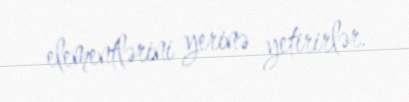
elementlərini yerinə yetirirlər.